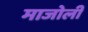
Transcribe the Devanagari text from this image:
माजोली